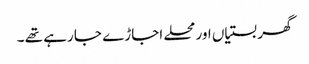
گھر بستیاں اور محلے اجاڑے جا رہے تھے ۔